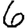
Digit: 6